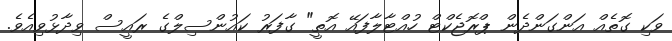
ވަކި ގޮތެއް އަންގަންދެން ޕްރޮޖެކްޓް ހުއްޓާލާފައޭ އޮތީ" ގާފަރު ކައުންސިލްގެ ރައީސް ވިދާޅުވިއެވެ.